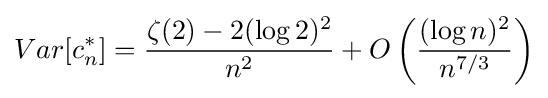
Var[c_{n}^{*}]={\frac {\zeta (2)-2(\log 2)^{2}}{n^{2}}}+O\left({\frac {(\log n)^{2}}{n^{7/3}}}\right)